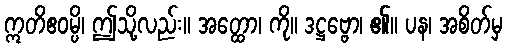
ဣတိဧဝမ္ပိ၊ ဤသို့လည်း။ အတ္ထော၊ ကို။ ဒဋ္ဌဗ္ဗော၊ ၏။ ပန၊ အစိတ်မှ